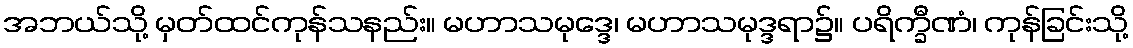
အဘယ်သို့ မှတ်ထင်ကုန်သနည်း။ မဟာသမုဒ္ဒေ၊ မဟာသမုဒ္ဒရာ၌။ ပရိက္ခီဏံ၊ ကုန်ခြင်းသို့